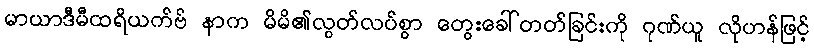
မာယာဒီမီထရိယက်ဗ် နာက မိမိ၏လွတ်လပ်စွာ တွေးခေါ်တတ်ခြင်းကို ဂုဏ်ယူ လိုဟန်ဖြင့်